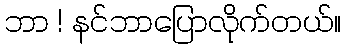
ဘာ ! နင်ဘာပြောလိုက်တယ်။